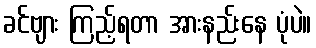
ခင်ဗျား ကြည့်ရတာ အားနည်းနေ ပုံပဲ။